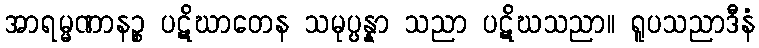
အာရမ္မဏာနဉ္စ ပဋိဃာတေန သမုပ္ပန္နာ သညာ ပဋိဃသညာ။ ရူပသညာဒီနံ